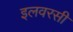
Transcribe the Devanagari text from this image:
इलवरसी